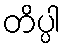
တိပ္ပါ